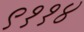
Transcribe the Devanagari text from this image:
९११४